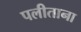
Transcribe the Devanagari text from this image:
पलीताना